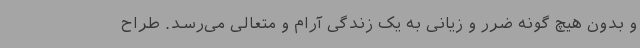
و بدون هیچ گونه ضرر و زیانی به یک زندگی آرام و متعالی می‌رسد. طراح